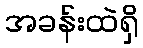
အခန်းထဲရှိ